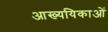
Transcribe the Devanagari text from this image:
आख्ययिकाओं